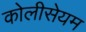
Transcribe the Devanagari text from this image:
कोलीसेयम